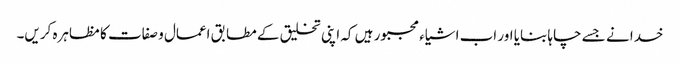
خدا نے جسے چاہا بنایا اور اب اشیاء مجبور ہیں کہ اپنی تخلیق کے مطابق اعمال و صفات کا مظاہرہ کریں۔